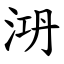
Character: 㳩